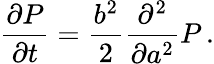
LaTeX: \frac{\partial P}{\partial t}=\frac{b^{2}}{2}\frac{\partial^{2}}{\partial a^{2}}P\, .